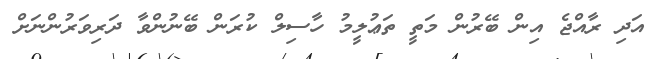
އަދި ރާއްޖެ އިން ބޭރުން މަތީ ތަޢުލީމު ހާސިލް ކުރަން ބޭނުންވާ ދަރިވަރުންނަށް